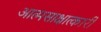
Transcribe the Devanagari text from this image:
आत्मसाक्षात्कारी